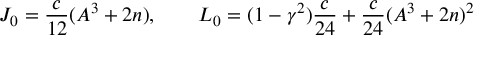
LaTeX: J _ { 0 } = \frac { c } { 1 2 } ( A ^ { 3 } + 2 n ) , \qquad L _ { 0 } = ( 1 - \gamma ^ { 2 } ) \frac { c } { 2 4 } + \frac { c } { 2 4 } ( A ^ { 3 } + 2 n ) ^ { 2 }